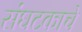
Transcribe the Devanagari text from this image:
संघटकाचे